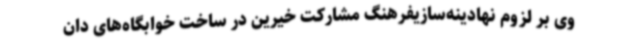
وی بر لزوم نهادینه‌سازیفرهنگ مشارکت خیرین در ساخت خوابگاه‌های دان